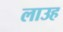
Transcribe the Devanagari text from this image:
लाउह